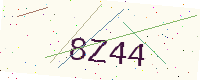
Text: 8Z44